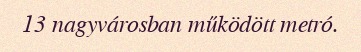
13 nagyvárosban működött metró.